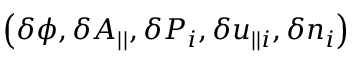
\left( \delta \phi , \delta A _ { | | } , \delta P _ { i } , \delta u _ { | | i } , \delta n _ { i } \right)